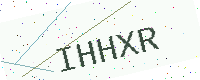
Text: IHHXR